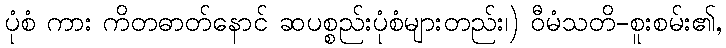
ပုံစံ ကား ကိတဓာတ်နောင် ဆပစ္စည်းပုံစံများတည်း၊) ဝီမံသတိ-စူးစမ်း၏,